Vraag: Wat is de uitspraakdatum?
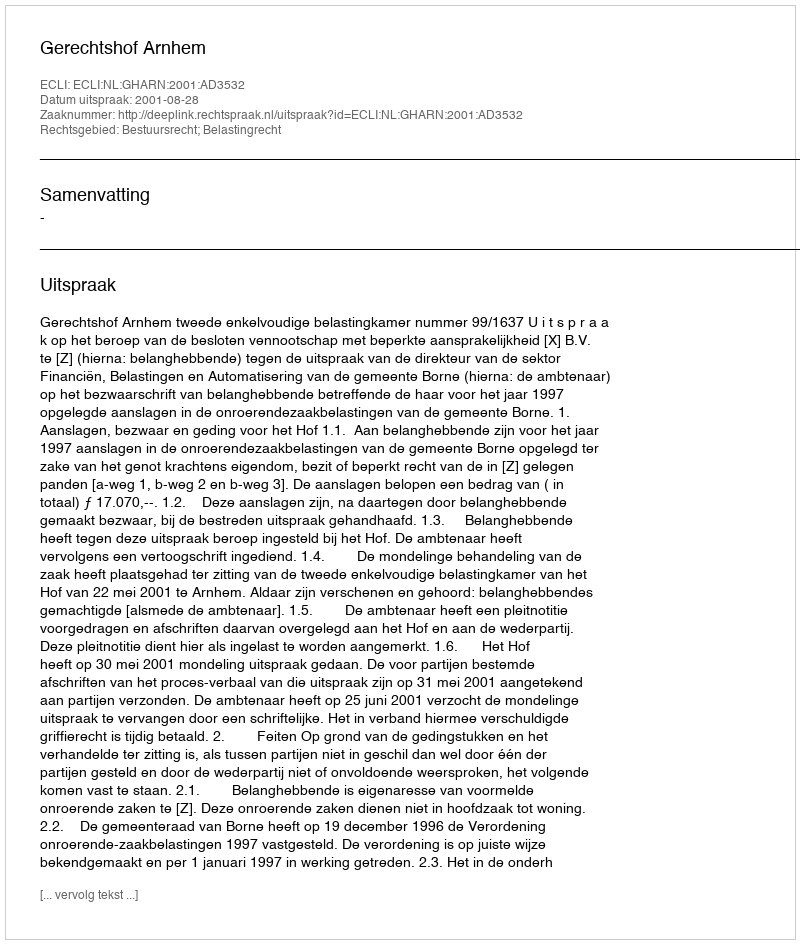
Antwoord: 2001-08-28